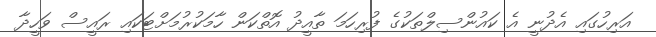
އަރިހުގައި އެދުނީ އެ ކައުންސިލްތަކުގެ ފުރިހަމަ ތާއީދު އޮތްކަން ހާމަކުރުމަށްޓަކައި ރައީސް ވަހީދާ